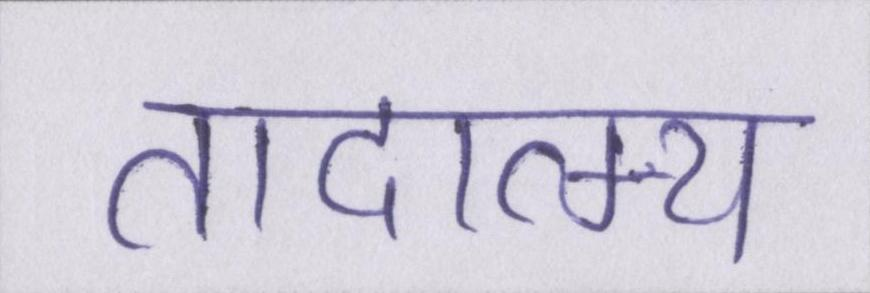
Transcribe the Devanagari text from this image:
तादात्म्य